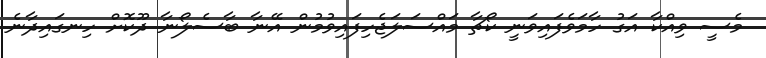
މެސީ ވިއްކާ އަގު ހާމަވެފައިވަނީ ކޯޗާ މައްސަލަޖެހިފައިވުމުން އޭނާ ބާސެލޯނާ ދޫކޮށް ހިނގައިދާނެ